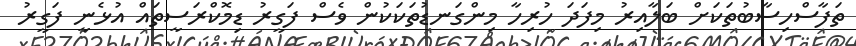
ތަފާސްހިސާބުތަކަށް ބަލާއިރު މިފަދަ ހުރިހާ މިންގަނޑުތަކަކުން ވެސް ފަގީރު ޑިމޮކްރަސީތައް އުޅެނީ ފަގީރު